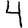
Digit: 4